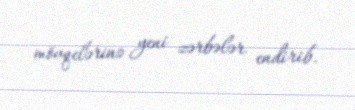
mövqelərinə yeni zərbələr endirib.